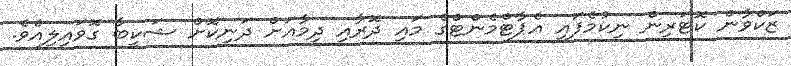
ޒަކްވާން ކޮޓަރިން ނިކުމެފައި އެޕާޓްމެންޓްގެ މައި ދޮރާއި ދިމާއަށް ދަނިކޮށް ޝަކީބާ ގޮވައިލިއެވެ.